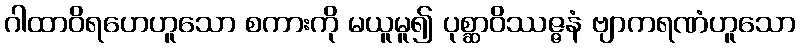
ဂါထာဝိရဟေဟူသော စကားကို မယူမူ၍ ပုစ္ဆာဝိဿဇ္ဇနံ ဗျာကရဏံဟူသော